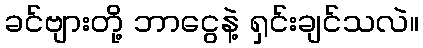
ခင်ဗျားတို့ ဘာငွေနဲ့ ရှင်းချင်သလဲ။